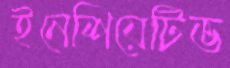
ইনেশিয়েটিভ